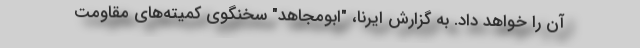
آن را خواهد داد. به گزارش ایرنا، "ابومجاهد" سخنگوی کمیته‌های مقاومت